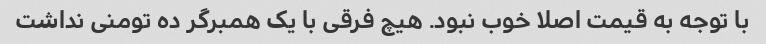
با توجه به قیمت اصلا خوب نبود. هیچ فرقی با یک همبرگر ده تومنی نداشت